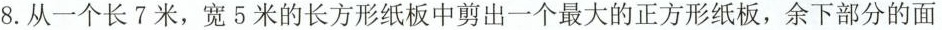
8.从一个长7米，宽5米的长方形纸板中剪出一个最大的正方形纸板，余下部分的